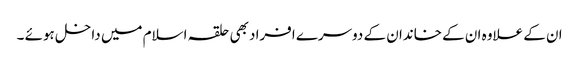
ان کے علاوہ ان کے خاندان کے دوسرے افراد بھی حلقہ اسلام میں داخل ہوئے ۔